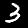
Label: 3